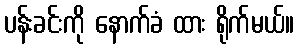
ပန်းခင်းကို နောက်ခံ ထား ရိုက်မယ်။